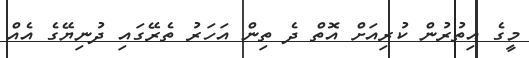
މީގެ އިތުރުން ކުރިއަށް އޮތް ދެ ތިން އަހަރު ތެރޭގައި ދުނިޔޭގެ އެއް